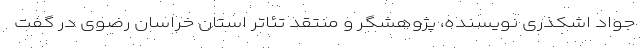
جواد اشکذری نویسنده، پژوهشگر و منتقد تئاتر استان خراسان رضوی در گفت